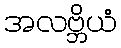
အလဗ္ဘိယံ